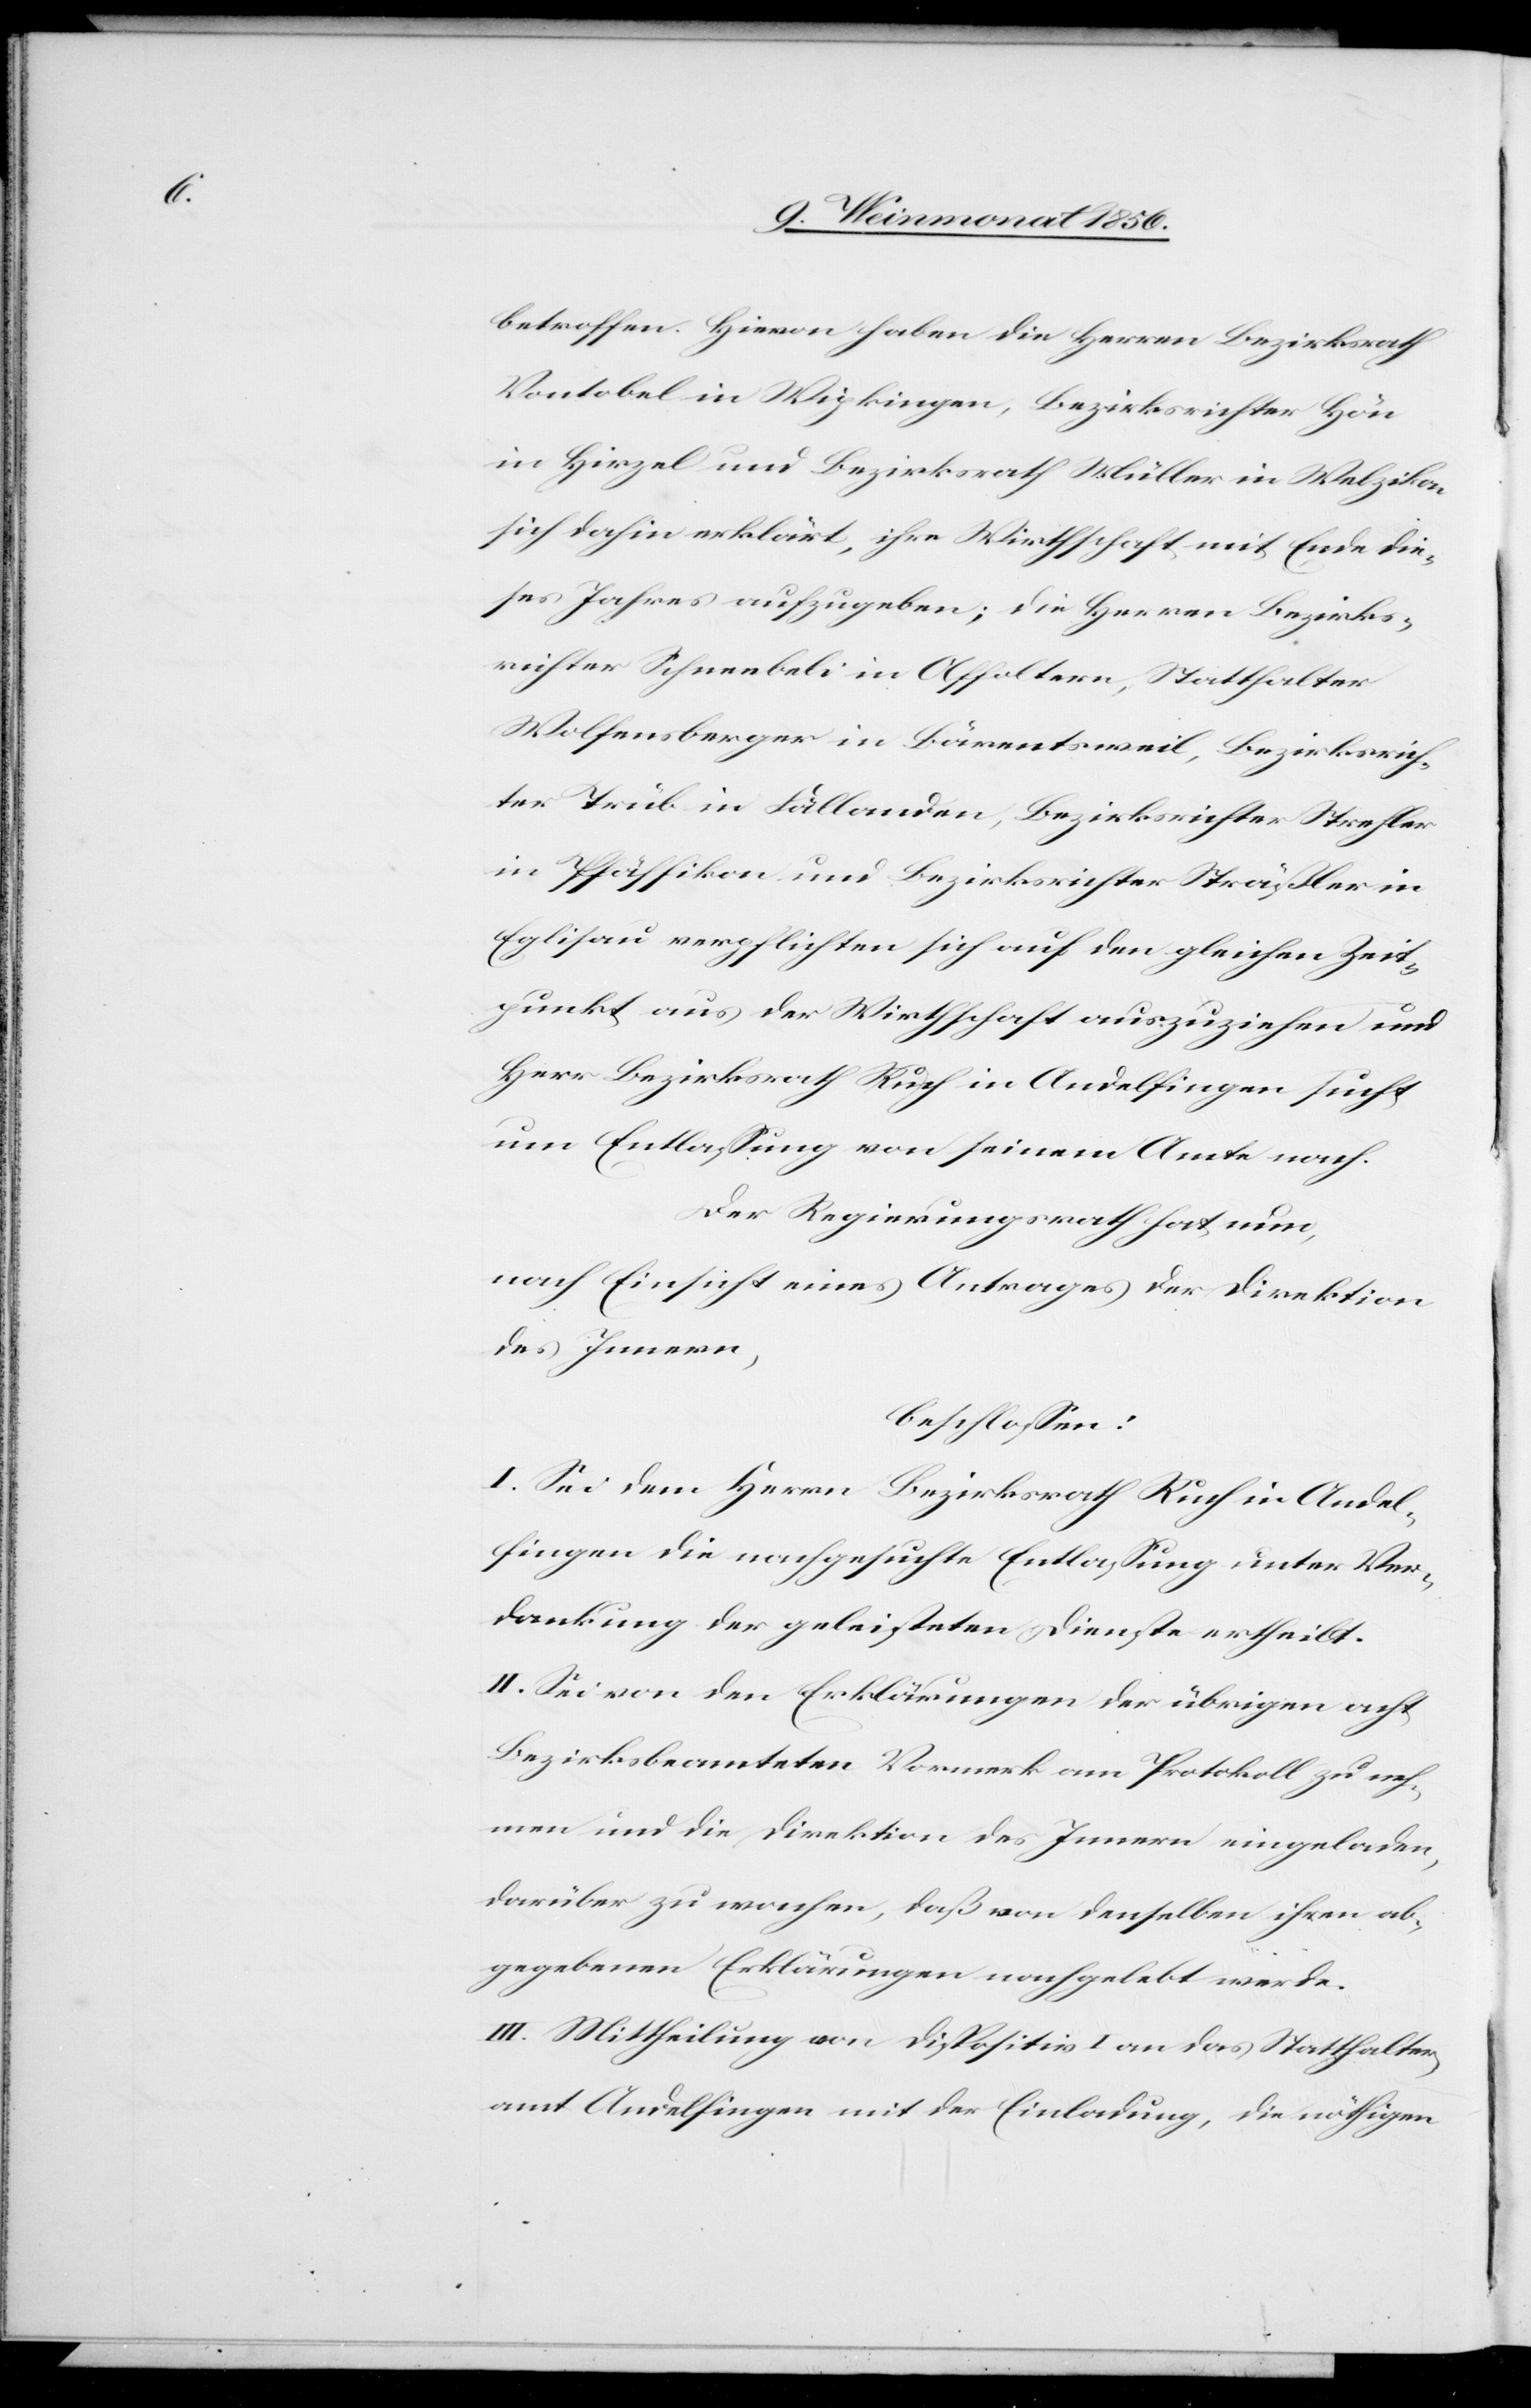
betroffen. Hievon haben die Herren Bezirksrath
Vontobel in Wipkingen, Bezirksrichter Hön
in Hirzel und Bezirksrath Müller in Welzikon
sich dahin erklärt, ihre Wirthschaft mit Ende die¬
ses Jahres aufzugeben; die Herren Bezirks¬
richter Schneebeli in Affoltern, Statthalter
Wolfensberger in Bärentsweil, Bezirksrich¬
ter Trüb in Fällanden, Bezirksrichter Strehler
in Pfäffikon und Bezirksrichter Sträßler in
Eglisau verpflichten sich auf den gleichen Zeit¬
punkt aus der Wirthschaft auszuziehen und
Herr Bezirksrath Ruch in Andelfingen sucht
um Entlassung von seinem Amte nach.
Der Regierungsrath hat nun,
nach Einsicht eines Antrages der Direktion
des Innern,
beschlossen:
I. Sei dem Herrn Bezirksrath Ruch in Andel¬
fingen die nachgesuchte Entlassung unter Ver¬
dankung der geleisteten Dienste ertheilt.
II. Sei von den Erklärungen der übrigen acht
Bezirksbeamteten Vormerk am Protokoll zu neh¬
men und die Direktion des Innern eingeladen,
darüber zu wachen, daß von denselben ihren ab¬
gegebenen Erklärungen nachgelebt werde.
III. Mittheilung von Dispositiv I an das Statthalter¬
amt Andelfingen mit der Einladung, die nöthigen